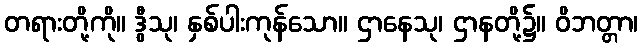
တရားတို့ကို။ ဒွီသု၊ နှစ်ပါးကုန်သော။ ဌာနေသု၊ ဌာနတို့၌။ ဝိဘတ္တာ၊